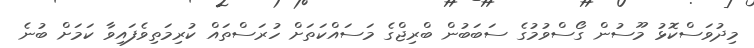
މިދުވަސްކޮޅު މޫސުން ގޯސްވުމުގެ ސަބަބުން ބްރިޖްގެ މަސައްކަތަށް ހުރަސްތައް ކުރިމަތިވެފައިވާ ކަމަށް ބުނެ